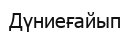
Дүниеғайып